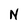
Character: N